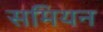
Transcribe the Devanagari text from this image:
समियन